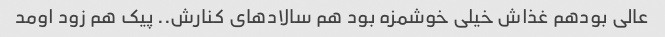
عالی بودهم غذاش خیلی خوشمزه بود هم سالاد‌های کنارش.. پیک هم زود اومد